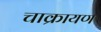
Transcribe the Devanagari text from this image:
चाक्रायण